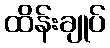
ထိန်းချုပ်